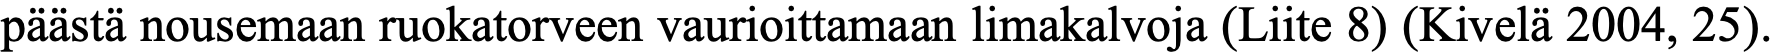
päästä nousemaan ruokatorveen vaurioittamaan limakalvoja (Liite 8) (Kivelä 2004, 25).